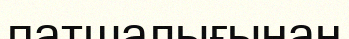
патшалығынан